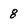
Character: 8